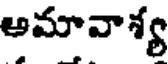
అమావాశ్య